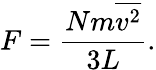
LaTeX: F={\frac{Nm{\overline{{v^{2}}}}}{3L}}.